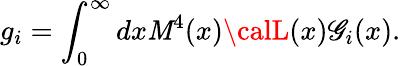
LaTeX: g_{i}=\int_{0}^{\infty}dx\mathit{M}^{4}(x){\calL}(x){\cal\mathscr{G}}_{i}(x).